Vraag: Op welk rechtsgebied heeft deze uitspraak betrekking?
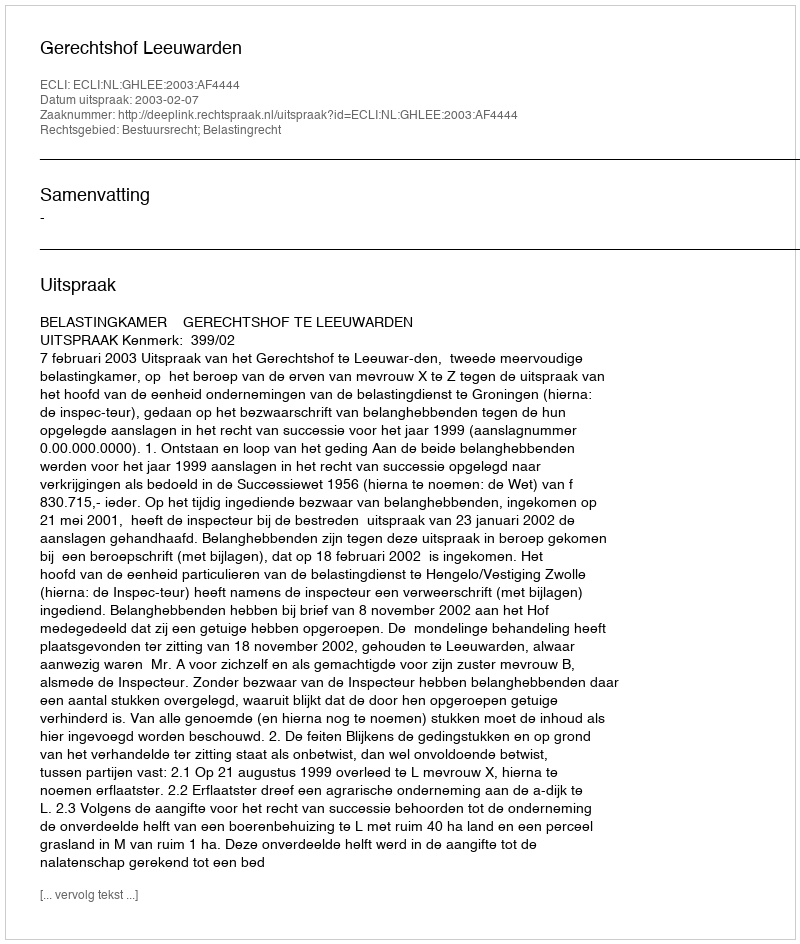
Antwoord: Bestuursrecht; Belastingrecht